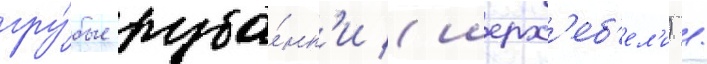
гру́бые руба́нк'и (шерх'еб'ел'и) /